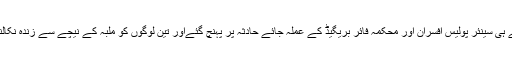
حادثہ کی اطلاع ملتے ہی سینئر پولیس افسران اور محکمہ فائر بریگیڈ کے عملہ جائے حادثہ پر پہنچ گئےاور تین لوگوں کو ملبہ کے نیچے سے زندہ نکالنے میں کامیاب رہے۔